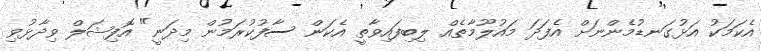
އެކަމަކު އަޅުގަނޑުމެންނަށް އެފަދަ މައުލޫމާތެއް ލިބިފައިވާތީ އެކަން ސާފުކުރަމުން މިދަނީ" އޮފިޝަލް ވިދާޅުވި